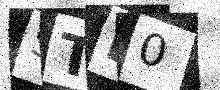
Text: STB0